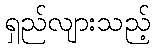
ရှည်လျားသည့်